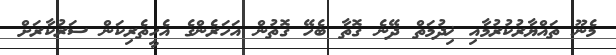
މެނޫ ތައްޔާރުކުރުމާއި ޚިދުމަތް ދޭނެ ގޮތާ ބެހޭ ގޮތުން އަހަރެންގެ އެހީތެރިކަން ސަރުކާރަށް